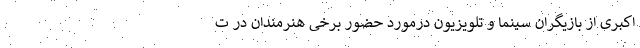
اکبری از بازیگران سینما و تلویزیون درمورد حضور برخی هنرمندان در ت